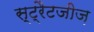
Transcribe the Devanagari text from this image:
स्ट्रैटजीज़